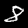
Label: 8